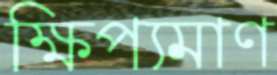
ক্ষিপ্যমাণ